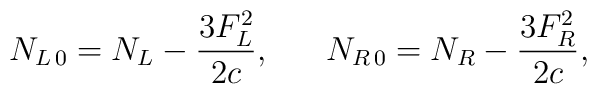
N_{L\,0}=N_{L}-{{3F^2_L}\over{2c}}, \ \ \ \ \ N_{R\,0}=N_{R}-{{3F^2_R}\over{2c}},